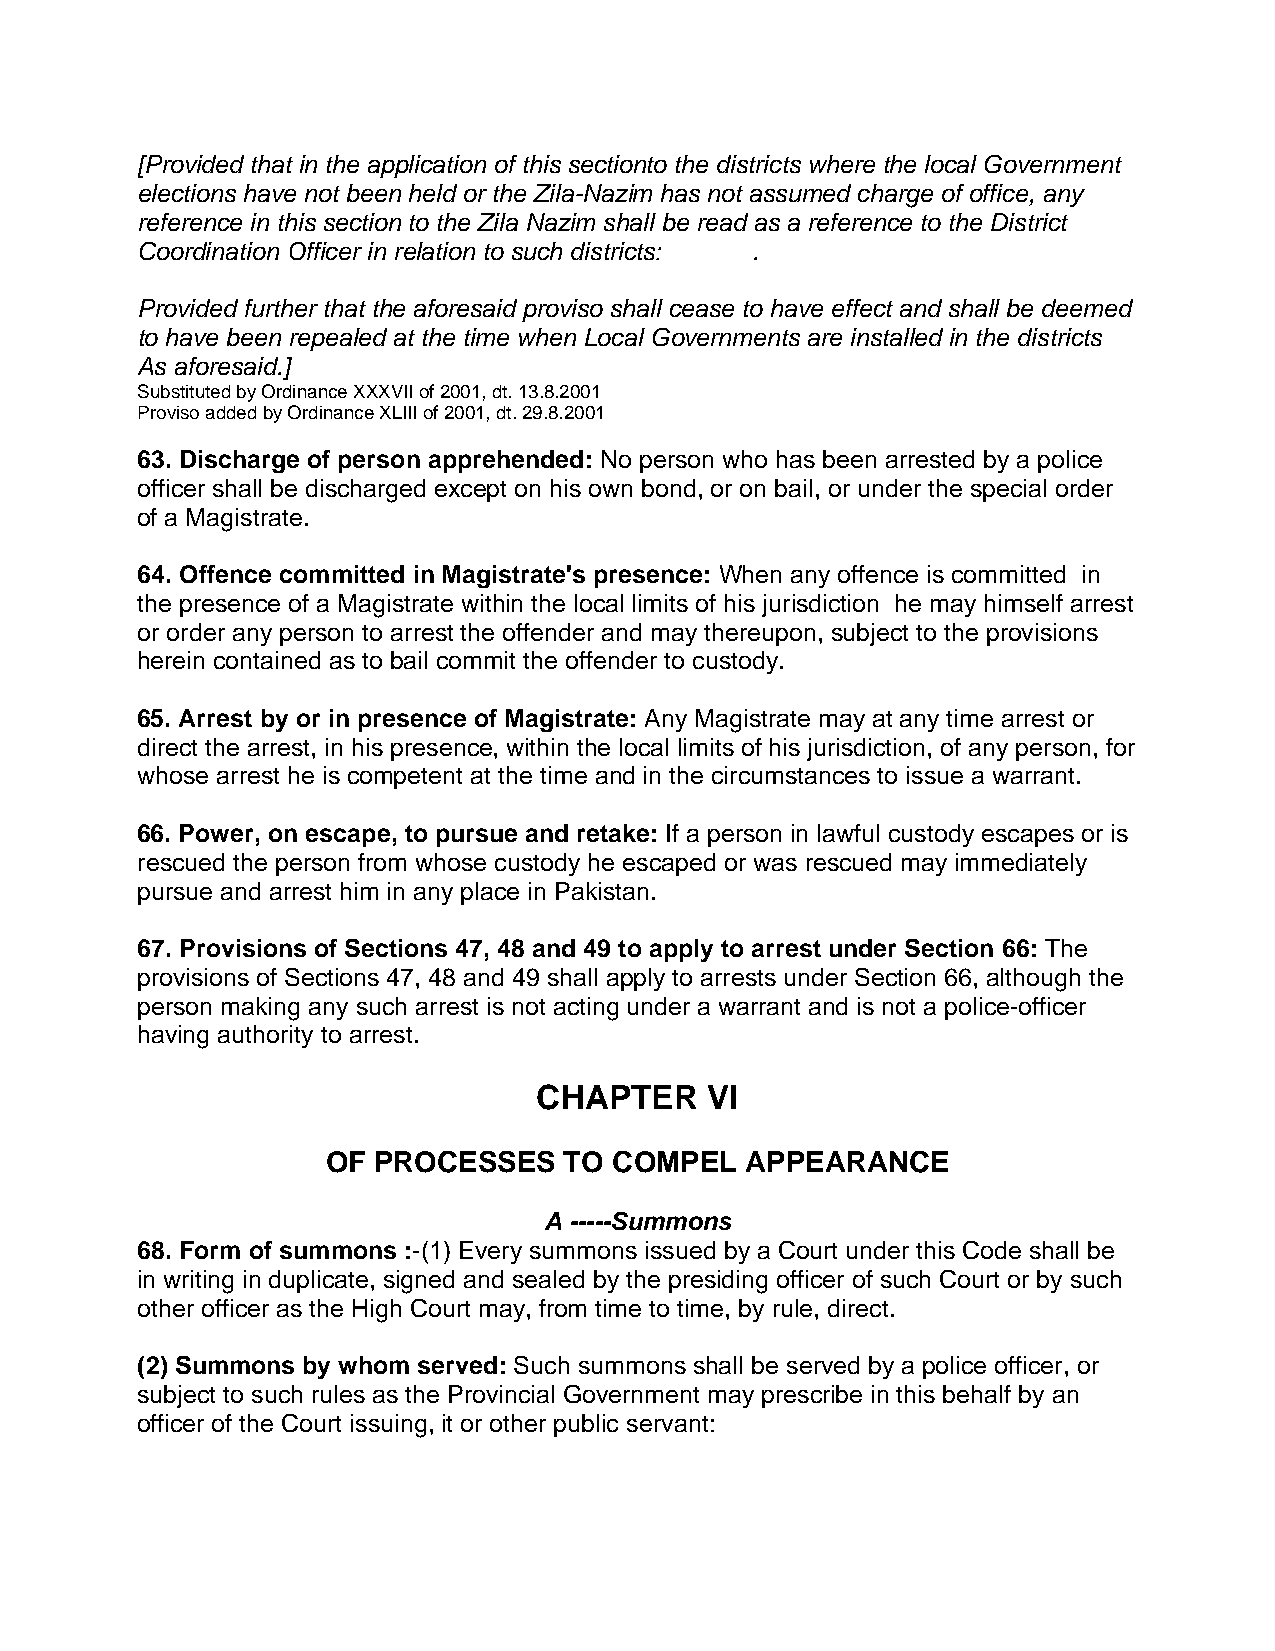
[Provided that in the application of this sectionto the districts where the local Government
 elections have not been held or the Zila-Nazim has not assumed charge of office, any
 reference in this section to the Zila Nazim shall be read as a reference to the District
 Coordination Officer in relation to such districts: .
 Provided further that the aforesaid proviso shall cease to have effect and shall be deemed
 to have been repealed at the time when Local Governments are installed in the districts
 As aforesaid.]
 Substituted by Ordinance XXXVII of 2001, dt. 13.8.2001
 Proviso added by Ordinance XLIII of 2001, dt. 29.8.2001
 63. Discharge of person apprehended: No person who has been arrested by a police
 officer shall be discharged except on his own bond, or on bail, or under the special order
 of a Magistrate.
 64. Offence committed in Magistrate's presence: When any offence is committed in
 the presence of a Magistrate within the local limits of his jurisdiction he may himself arrest
 or order any person to arrest the offender and may thereupon, subject to the provisions
 herein contained as to bail commit the offender to custody.
 65. Arrest by or in presence of Magistrate: Any Magistrate may at any time arrest or
 direct the arrest, in his presence, within the local limits of his jurisdiction, of any person, for
 whose arrest he is competent at the time and in the circumstances to issue a warrant.
 66. Power, on escape, to pursue and retake: If a person in lawful custody escapes or is
 rescued the person from whose custody he escaped or was rescued may immediately
 pursue and arrest him in any place in Pakistan.
 67. Provisions of Sections 47, 48 and 49 to apply to arrest under Section 66: The
 provisions of Sections 47, 48 and 49 shall apply to arrests under Section 66, although the
 person making any such arrest is not acting under a warrant and is not a police-officer
 having authority to arrest.
 CHAPTER    VI
 OF PROCESSES   TO  COMPEL  APPEARANCE
 A -----Summons
 68. Form of summons :-(1) Every summons issued by a Court under this Code shall be
 in writing in duplicate, signed and sealed by the presiding officer of such Court or by such
 other officer as the High Court may, from time to time, by rule, direct.
 (2) Summons by whom served: Such summons shall be served by a police officer, or
 subject to such rules as the Provincial Government may prescribe in this behalf by an
 officer of the Court issuing, it or other public servant: